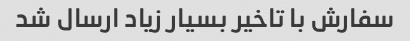
سفارش با تاخیر بسیار زیاد ارسال شد